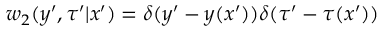
w _ { 2 } ( y ^ { \prime } , \tau ^ { \prime } | x ^ { \prime } ) = \delta ( y ^ { \prime } - y ( x ^ { \prime } ) ) \delta ( \tau ^ { \prime } - \tau ( x ^ { \prime } ) )